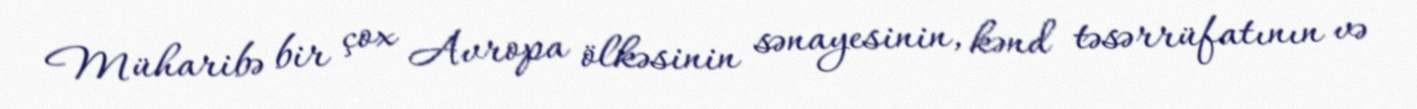
Müharibə bir çox Avropa ölkəsinin sənayesinin, kənd təsərrüfatının və